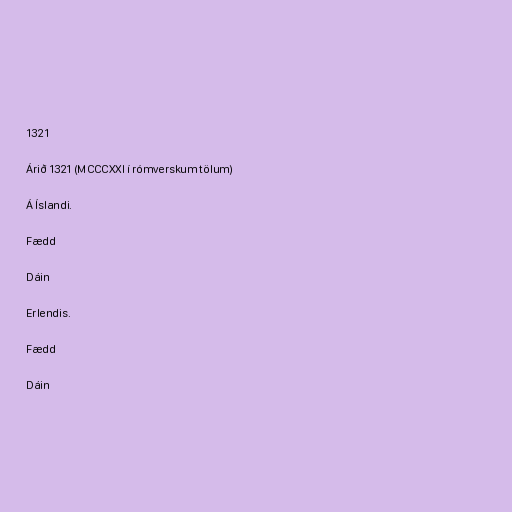
1321

Árið 1321 (MCCCXXI í rómverskum tölum)

Á Íslandi.

Fædd

Dáin

Erlendis.

Fædd

Dáin